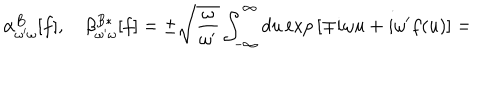
LaTeX: \alpha _ { \omega ^ { \prime } \omega } ^ { B } [ f ] , \quad \beta _ { \omega ^ { \prime } \omega } ^ { B * } [ f ] = \pm \sqrt { \frac { \omega } { \omega ^ { \prime } } } \int _ { - \infty } ^ { \infty } d u \exp \, [ \mp i \omega u + i \omega ^ { \prime } f ( u ) ] =